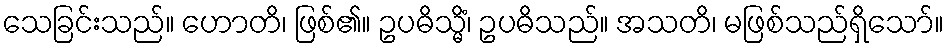
သေခြင်းသည်။ ဟောတိ၊ ဖြစ်၏။ ဥပဓိသ္မိံ၊ ဥပဓိသည်။ အသတိ၊ မဖြစ်သည်ရှိသော်။